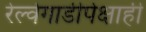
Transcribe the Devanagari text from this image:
रेल्वेगाडीपेक्षाही